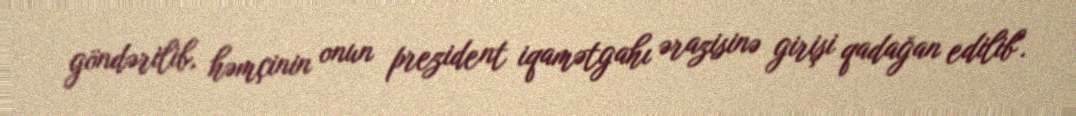
göndərilib, həmçinin onun prezident iqamətgahı ərazisinə girişi qadağan edilib".